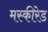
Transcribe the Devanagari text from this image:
मस्कीरेड